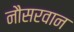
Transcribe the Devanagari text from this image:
नौसरवान